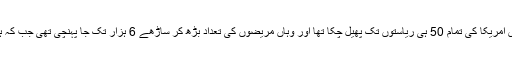
اسی طرح 18 مارچ کی دوپہر تک کورونا وائرس امریکا کی تمام 50 ہی ریاستوں تک پھیل چکا تھا اور وہاں مریضوں کی تعداد بڑھ کر ساڑھے 6 ہزار تک جا پہنچی تھی جب کہ ہلاکتوں کی تعداد بڑھ کر 110 تک پہنچ گئی تھی۔